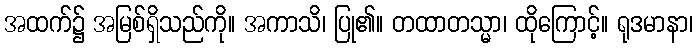
အထက်၌ အမြစ်ရှိသည်ကို။ အကာသိ၊ ပြု၏။ တထာတသ္မာ၊ ထိုကြောင့်။ ရုဒမာနာ၊